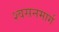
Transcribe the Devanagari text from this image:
श्‍वसनमार्ग